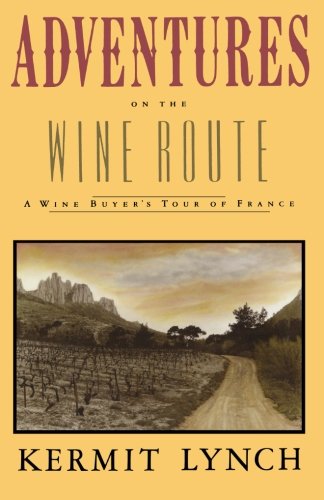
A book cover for Adventures on the Wine Route: A Wine Buyer's Tour of France; Kermit Lynch; Cookbooks, Food & Wine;